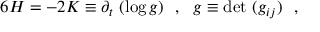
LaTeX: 6 H = - 2 K \equiv \partial _ { t } ~ ( \log g ) ~ ~ , ~ ~ g \equiv \mathrm { d e t } ~ ( g _ { i j } ) ~ ~ ,